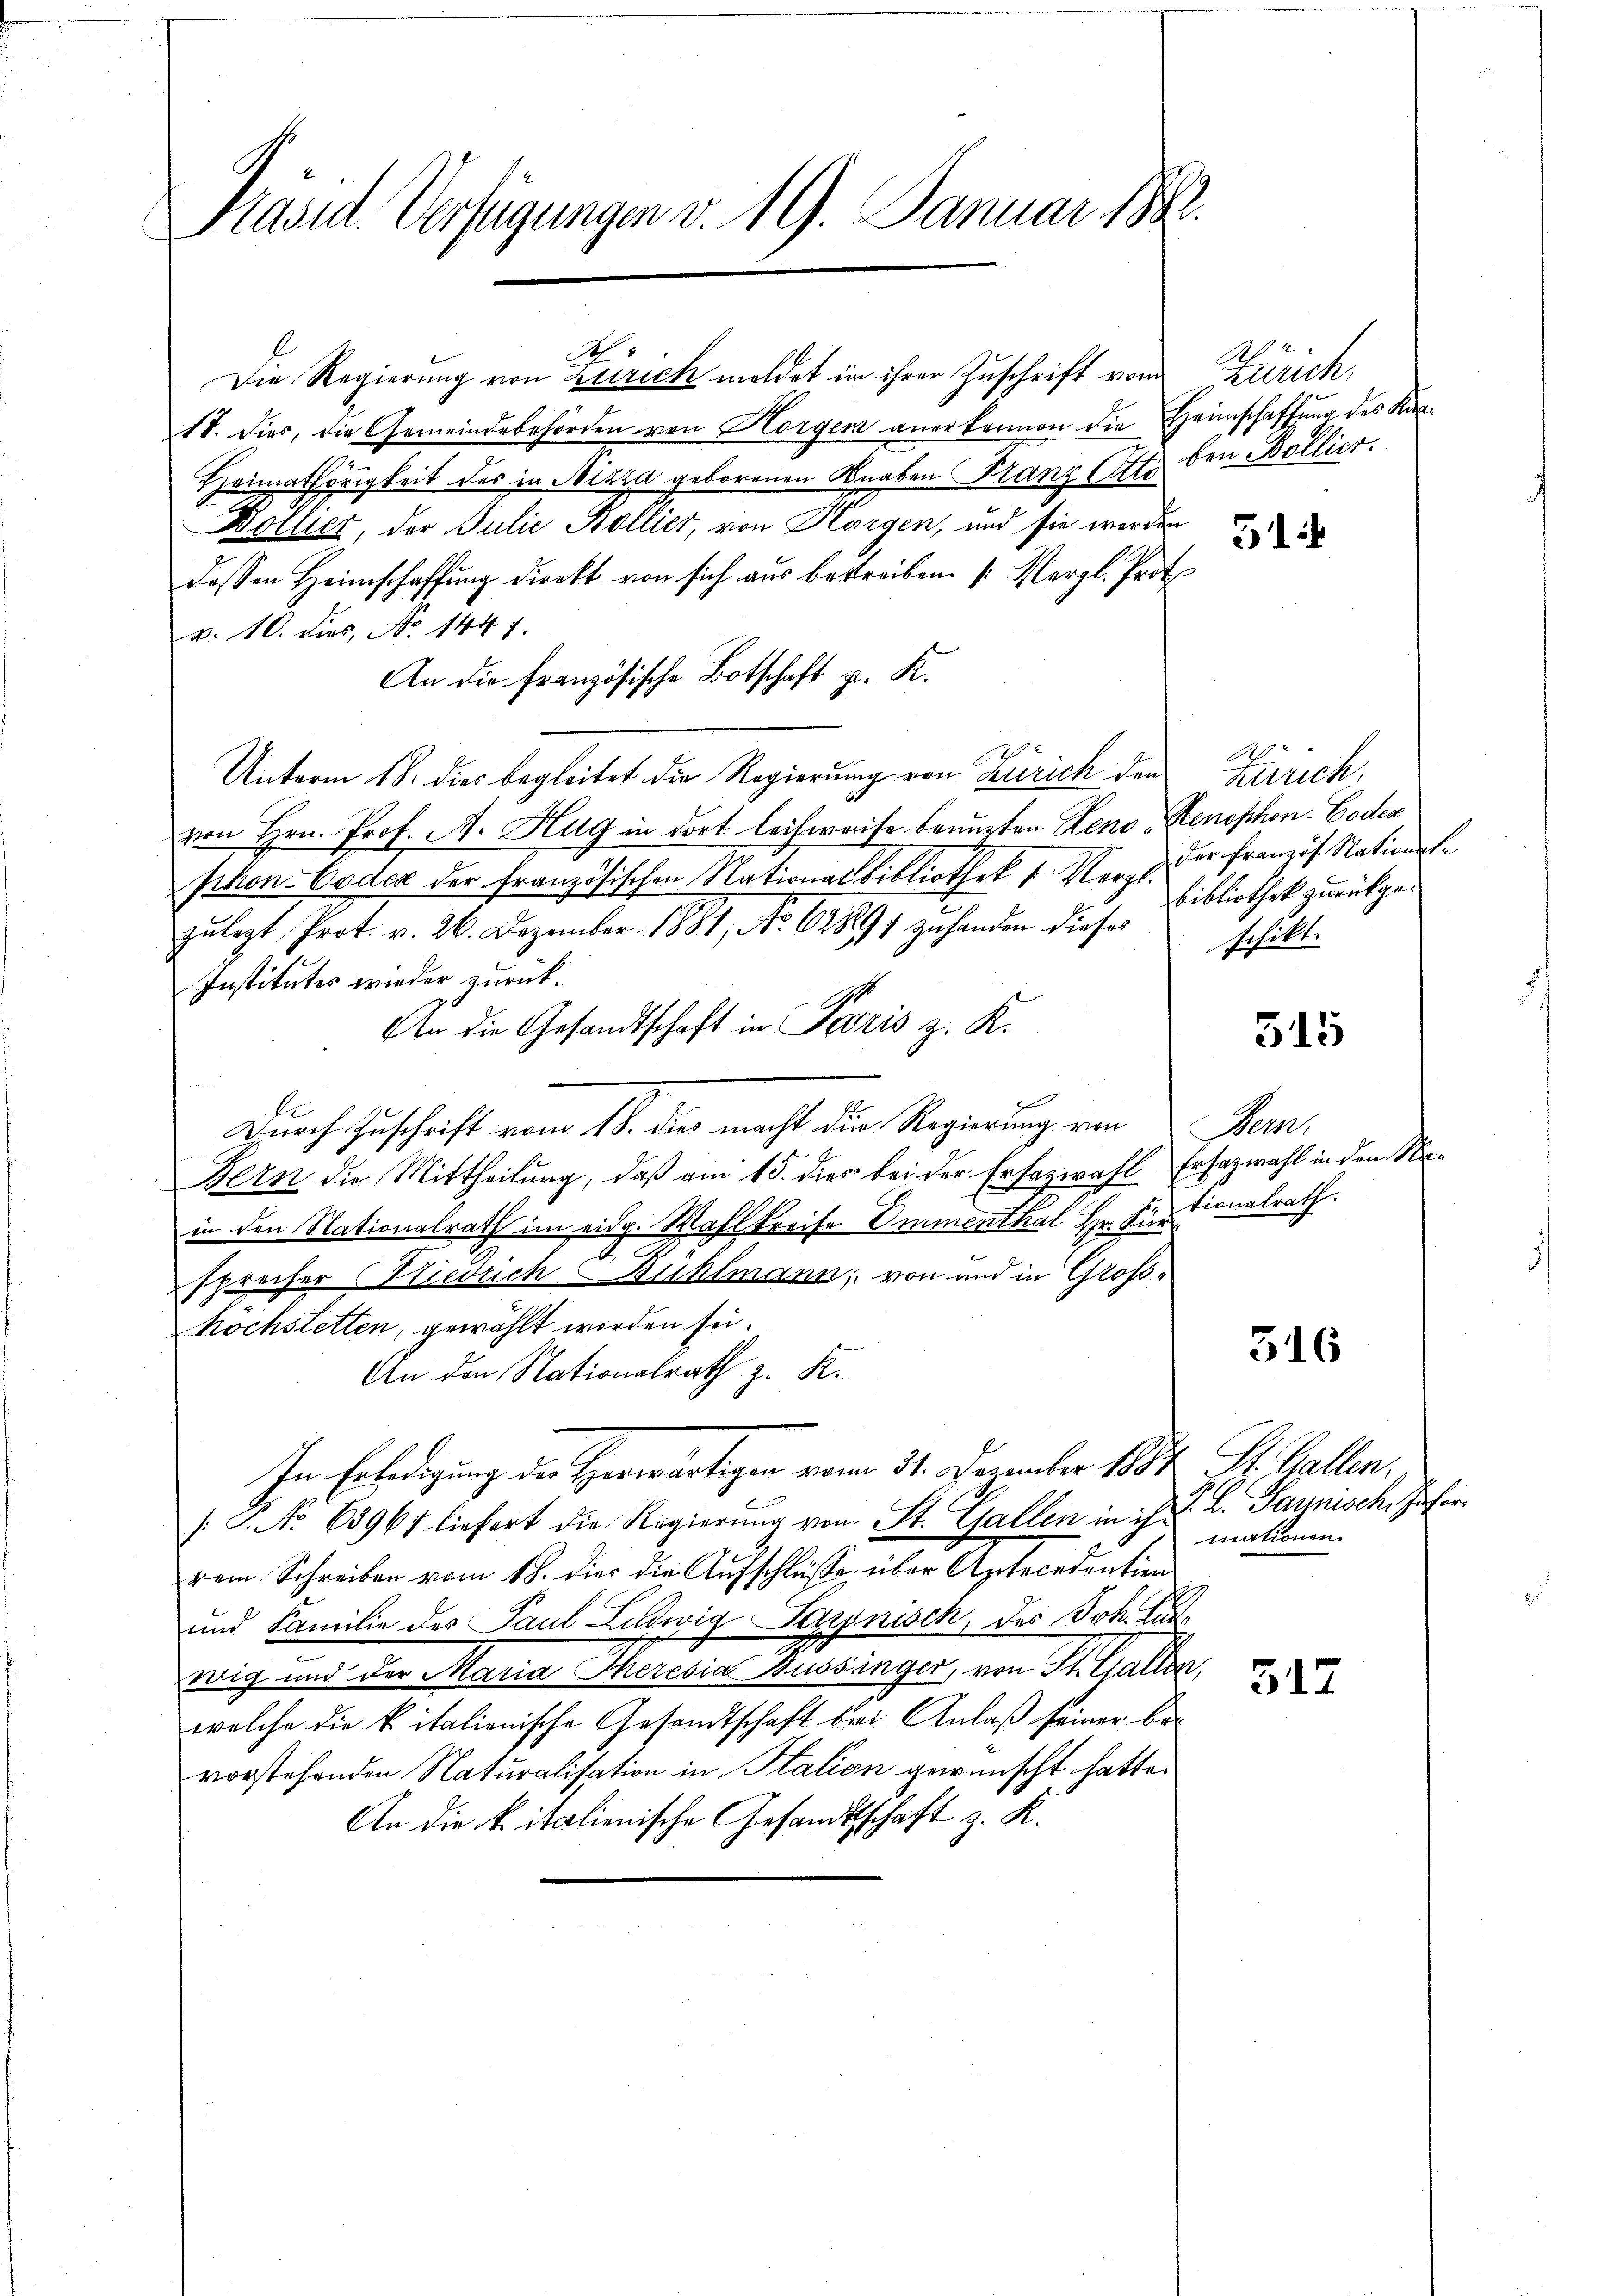
Präside Verfügungen v. 19. Januar 1882.

Die Regierung von Zürich meldet in ihrer Zuschrift vom
17. dies, die Gemeindebehörden von Horgen anerkennen die Heimschaffung des Kan¬
Heimathörigkeit des in Nizza geborenen Knaben Franz Otto
Boilier, der Julie Bollier, von Horgen, und sie werden
dessen Heimschaffung direkt von sich aus bestreiben. (Vergl. Prof.
v. 10. dies, No 1447.
An die französische Botschaft z. K.
Unterm 18. dies begleitet die Regierung von Zürich den
von Hrn. Prof. A. Hug in dort leihweise benurten Reno Renophon-Codex
phon-Codex der französischen Nationalbibliothek v. Merz der Französ. Nationsle
zulegt, Prot. v. 26. Dezember 1881, No. 628897 zuhanden dieses
Institutes wieder zurück.
An die Gesandtschaft in Paris z. K.
Durch Zuschrift vom 18. die macht die Regierung von
Fern die Mittheilung, daß am 15. dies bei der Ersazwahl
in den Nationalrath im eidg. Wahlkreise Emmenthal Hr. Fertionalrath.
sprecher Niedrich Bühlmann, von und in Großhöchstetten, gewählt worden sei.
An den Nationalrath z. K.
In Erledigung der Herwärtigen vom 31. Dezember 1881
[P. No 63967 liefert die Regierung von St. Gallen in ihr
rem Schreiben vom 18. dies die Aufschlüsse über Antecedention
und Familie des Paul Ludwig Sarnisch, der Joh. Zur
wrig und der Maria Theresia Bussänger, von St. Gallen
welche die kitalienische Gesandtschaft bei Anlaß seiner be-
vorstehenden Naturalisation in Italien gewünscht hatte.
An die k. italienische Gesandtschaft z. K.

A

Zürich,
ben Bollier.

51

Zürich.
Bibliothek zurückgeschikt.

515

Heer
Erhazwahl in dem Re¬

2

516

St. Gallen.
J. L. Jaunische Hafer.
mationen

517